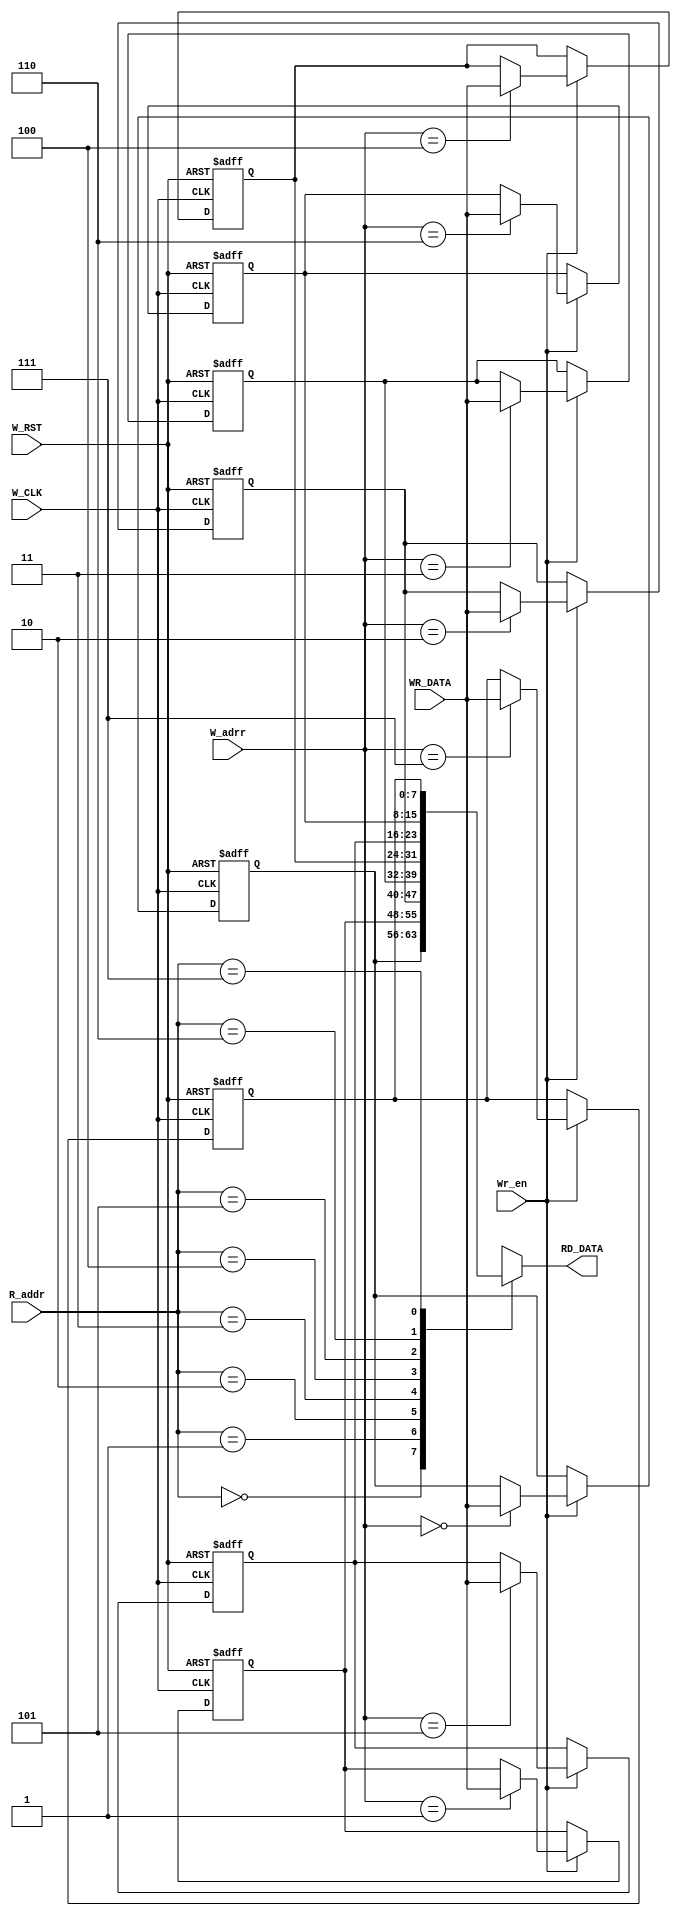
module FIFO_MEMORY #(parameter DATA_WIDTH=8,FIFO_Depth=8) (

input [DATA_WIDTH-1:0]			 WR_DATA,						
input							 Wr_en,W_CLK,W_RST,
input 				[2:0] 	     W_adrr,R_addr,
output wire 		[DATA_WIDTH-1:0] RD_DATA								
								



);


reg [DATA_WIDTH-1:0] fifo_MEM [FIFO_Depth-1:0];

integer i;
always @(posedge W_CLK or negedge W_RST)
begin
	  
	if(!W_RST)
	begin 
	  for (i=0; i < FIFO_Depth; i = i + 1)
	    begin
			fifo_MEM[i] <= 0;
		end
	
	end
	else
	begin
		if(Wr_en)
		begin
			fifo_MEM[W_adrr] <= WR_DATA ;
		end
	end
	
end	
	
	
	
assign RD_DATA = fifo_MEM[R_addr];
	
	 












endmodule